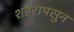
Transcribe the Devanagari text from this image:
शहरापसुन